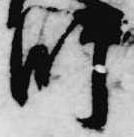
師